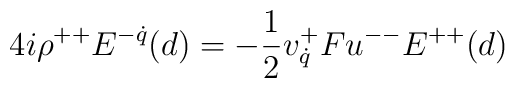
4i\rho^{++}E^{-\dot q}(d)=-{1\over 2}v^{+}_{\dot q}Fu^{--}E^{++}(d)